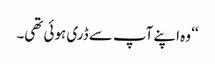
‘‘ وہ اپنے آپ سے ڈری ہوئی تھی۔